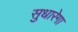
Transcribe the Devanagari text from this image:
सुधारेगा